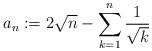
LaTeX: \begin{align*}a_n:= 2\sqrt{n} - \sum_{k=1}^n\frac{1}{\sqrt{k}}\end{align*}